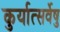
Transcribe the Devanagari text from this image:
कुर्यात्सर्वेषु